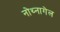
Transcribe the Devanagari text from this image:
नोथ्नागेल